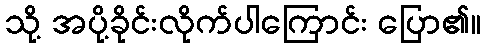
သို့ အပို့ခိုင်းလိုက်ပါကြောင်း ပြော၏။